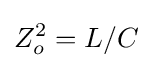
Z_{o}^{2}=L/C